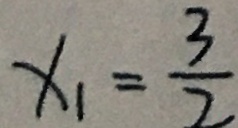
x _ { 1 } = \frac { 3 } { 2 }